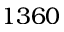
1 3 6 0